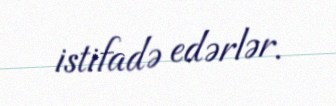
istifadə edərlər.